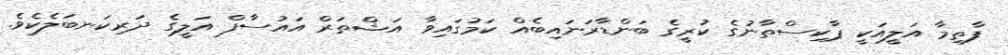
ފާތިމާ އަލީއަކީ ޕާކިސްތާނުގެ ކުރީގެ ބަންޑާރަނައިބެއް ކަމުގައިވާ އަޝްތަރް އައުސާފް އަލީގެ ދަރިކަނބަލެކެވެ.